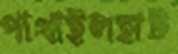
পাথাইলহাট